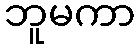
ဘူမကာ